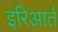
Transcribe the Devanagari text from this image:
इरिआर्त